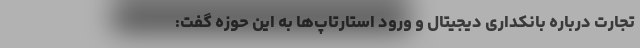
تجارت درباره بانکداری دیجیتال و ورود استارتاپ‌ها به این حوزه گفت: